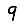
Digit: 9